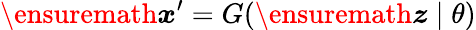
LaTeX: \ensuremath{\boldsymbol{x}}^{\prime}=G(\ensuremath{\boldsymbol{z}}\mid\theta)